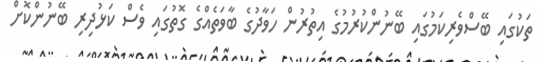
ތަކުގައި ބޭސްވެރިކަމުގައި ބޭނުންކުރުމުގެ އިތުރުން ހަވާދުގެ ބާވަތެއްގެ ގޮތުގައި ވެސް ކަޅުދިރި ބޭނުންކޮށް